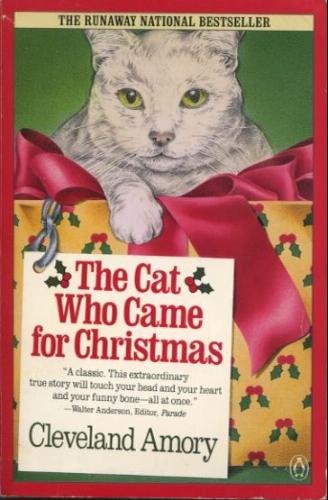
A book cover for The Cat Who Came for Christmas; Cleveland Amory; Humor & Entertainment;